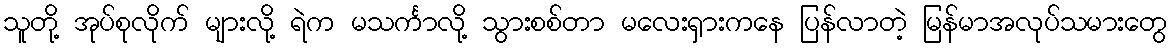
သူတို့ အုပ်စုလိုက် များလို့ ရဲက မသင်္ကာလို့ သွားစစ်တာ မလေးရှားကနေ ပြန်လာတဲ့ မြန်မာအလုပ်သမားတွေ